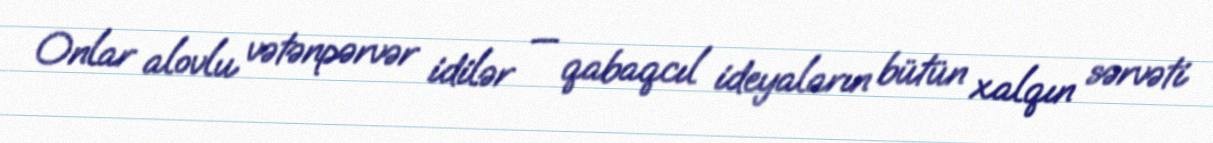
Onlar alovlu vətənpərvər idilər — qabaqcıl ideyaların bütün xalqın sərvəti